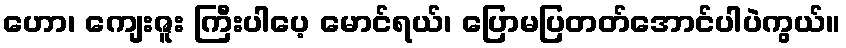
ဟော၊ ကျေးဇူး ကြီးပါပေ့ မောင်ရယ်၊ ပြောမပြတတ်အောင်ပါပဲကွယ်။